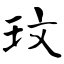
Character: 玟